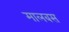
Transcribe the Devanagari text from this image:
मालबस